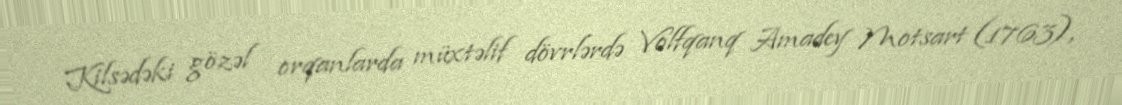
Kilsədəki gözəl orqanlarda müxtəlif dövrlərdə Volfqanq Amadey Motsart (1763),